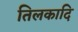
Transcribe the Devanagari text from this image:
तिलकादि